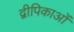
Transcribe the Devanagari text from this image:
द्वीपिकाओं